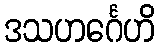
ဒသဟင်္ဂေဟိ